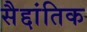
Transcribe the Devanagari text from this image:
सैद्दांतिक